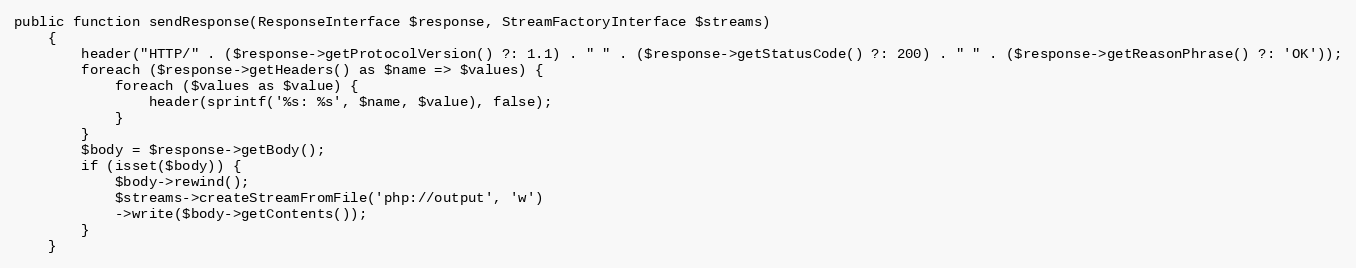
Language: PHP
public function sendResponse(ResponseInterface $response, StreamFactoryInterface $streams)
    {
        header("HTTP/" . ($response->getProtocolVersion() ?: 1.1) . " " . ($response->getStatusCode() ?: 200) . " " . ($response->getReasonPhrase() ?: 'OK'));
        foreach ($response->getHeaders() as $name => $values) {
            foreach ($values as $value) {
                header(sprintf('%s: %s', $name, $value), false);
            }
        }
        $body = $response->getBody();
        if (isset($body)) {
            $body->rewind();
            $streams->createStreamFromFile('php://output', 'w')
            ->write($body->getContents());
        }
    }